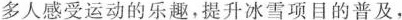
多人感受运动的乐趣，提升冰雪项目的普及，